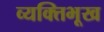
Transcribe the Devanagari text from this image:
व्यक्तिभूख